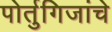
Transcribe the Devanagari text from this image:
पोर्तुगिजांचे